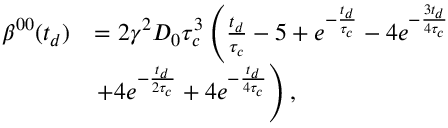
\begin{array} { r l } { \beta ^ { 0 0 } ( t _ { d } ) } & { = 2 \gamma ^ { 2 } D _ { 0 } \tau _ { c } ^ { 3 } \left( \frac { t _ { d } } { \tau _ { c } } - 5 + e ^ { - \frac { t _ { d } } { \tau _ { c } } } - 4 e ^ { - \frac { 3 t _ { d } } { 4 \tau _ { c } } } \right. } \\ & { \left. + 4 e ^ { - \frac { t _ { d } } { 2 \tau _ { c } } } + 4 e ^ { - \frac { t _ { d } } { 4 \tau _ { c } } } \right) , } \end{array}